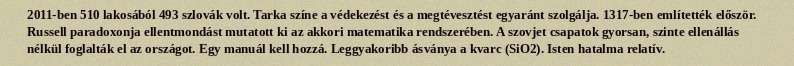
2011-ben 510 lakosából 493 szlovák volt. Tarka színe a védekezést és a megtévesztést egyaránt szolgálja. 1317-ben említették először. Russell paradoxonja ellentmondást mutatott ki az akkori matematika rendszerében. A szovjet csapatok gyorsan, szinte ellenállás nélkül foglalták el az országot. Egy manuál kell hozzá. Leggyakoribb ásványa a kvarc (SiO2). Isten hatalma relatív.